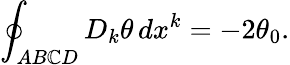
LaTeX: \oint_{AB\mathbb{C}D}D_{k}\theta\, dx^{k}=-2\theta_{0}.